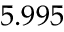
5 . 9 9 5